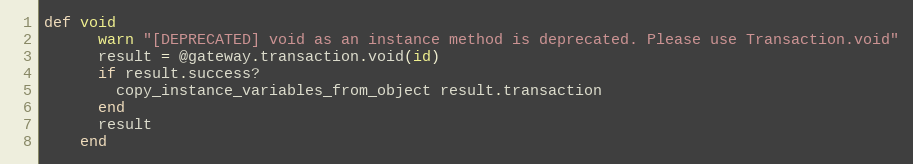
Language: Ruby
def void
      warn "[DEPRECATED] void as an instance method is deprecated. Please use Transaction.void"
      result = @gateway.transaction.void(id)
      if result.success?
        copy_instance_variables_from_object result.transaction
      end
      result
    end